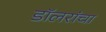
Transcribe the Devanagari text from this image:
डॉलरांचा